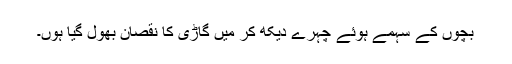
بچوں کے سہمے ہوئے چہرے دیکھ کر میں گاڑی کا نقصان بھول گیا ہوں۔